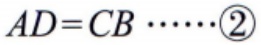
\(AD = CB\cdots\cdots\textcircled{2}\)